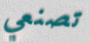
تصنعي